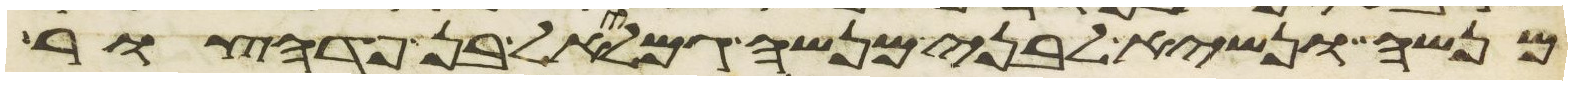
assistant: מנשה ונשיא לבני מנשה גמליאל בן פדהצור